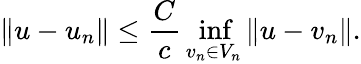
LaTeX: \| u-u_{n}\| \leq{\frac{C}{c}}\operatorname*{inf}_{v_{n}\in V_{n}}\| u-v_{n}\| .